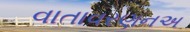
વાતાવરણનઅ